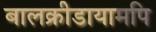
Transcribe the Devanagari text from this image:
बालक्रीडायामपि